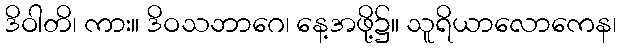
ဒိဝါတိ၊ ကား။ ဒိဝသဘာဂေ၊ နေ့အဖို့၌။ သူရိယာလောကေန၊